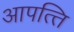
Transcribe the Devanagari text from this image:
आपत्‍ति